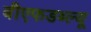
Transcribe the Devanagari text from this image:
बीएफडब्ल्यू